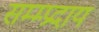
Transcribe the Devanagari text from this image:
सम्म्प्रदाय